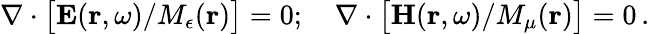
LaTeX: \nabla\cdot\big[{\mathbf E}({\mathbf r},\omega)/M_{\epsilon}({\mathbf r})\big]=0;\quad\nabla\cdot\big[{\mathbf H}({\mathbf r},\omega)/M_{\mu}({\mathbf r})\big]=0\, .